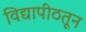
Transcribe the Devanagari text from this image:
विद्यापीठतून